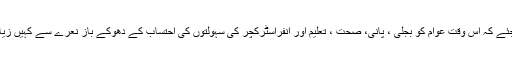
مجھے کہنے دیجئے کہ اس وقت عوام کو بجلی ، پانی، صحت ، تعلیم اور انفراسٹرکچر کی سہولتوں کی احتساب کے دھوکے باز نعرے سے کہیں زیادہ ضرورت ہے۔